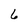
Character: 6